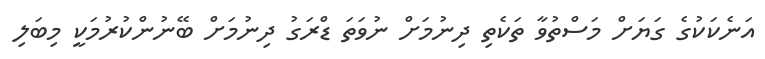
އަނެކަކުގެ ގަޔަށް މަސްތުވާ ތަކެތި ދިނުމަށް ނުވަތަ ޑްރަގު ދިނުމަށް ބޭނުންކުރުމަކީ މިބަލި